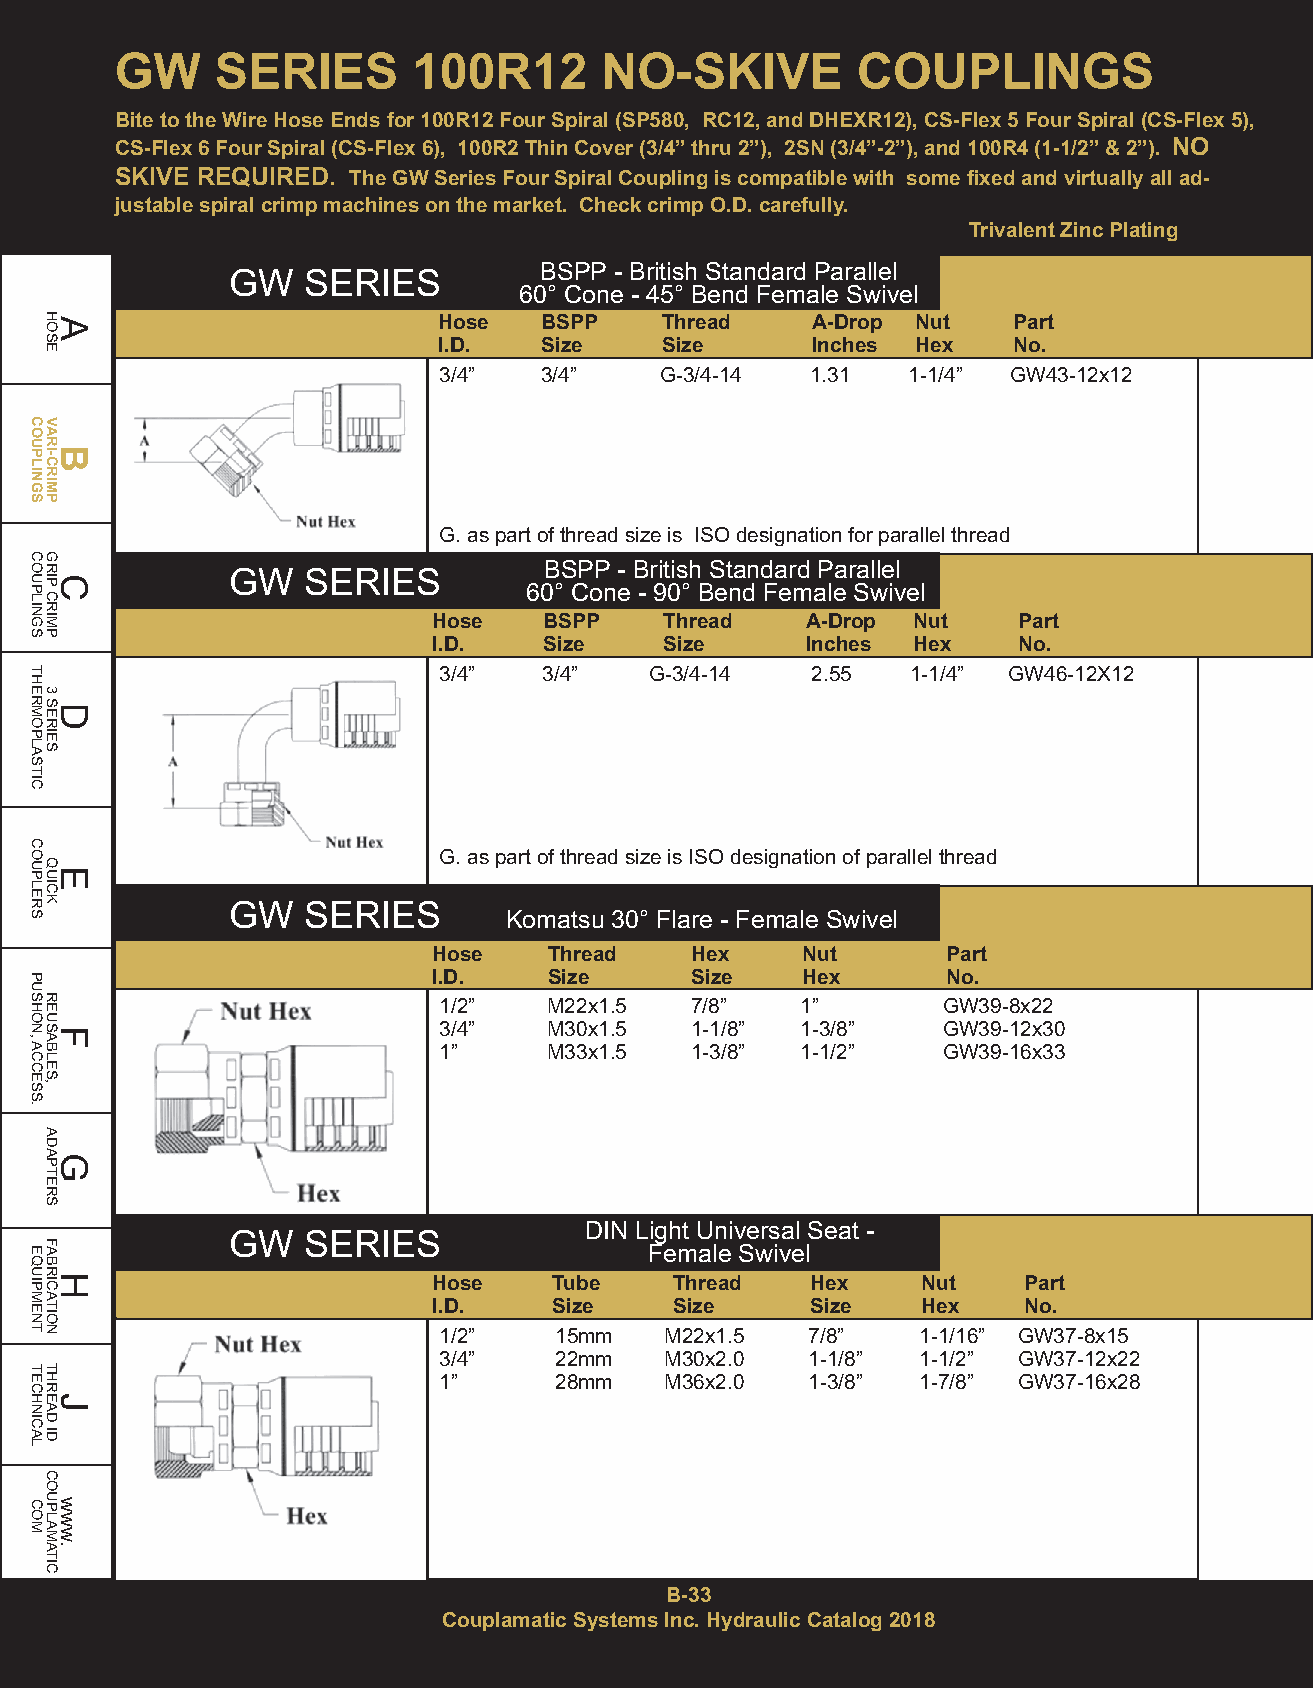
GW    SERIES       100R12       NO-SKIVE         COUPLINGS
 Bite to the Wire Hose Ends for 100R12 Four Spiral (SP580, RC12,and DHEXR12), CS-Flex 5 Four Spiral (CS-Flex 5),
 CS-Flex 6 Four Spiral (CS-Flex 6), 100R2 Thin Cover (3/4” thru 2”), 2SN(3/4”-2”), and 100R4(1-1/2” & 2”). NO
 SKIVE REQUIRED. The GW Series Four Spiral Coupling is compatible with some fixed and virtually all ad-
 justable spiral crimp machines on the market. Check crimp O.D. carefully.
 Trivalent Zinc Plating
 BSPP - British Standard Parallel
 GW   SERIES
 60° Cone - 45° Bend Female Swivel
 Hose   BSPP    Thread    A-Drop Nut   Part
 I.D.   Size    Size      Inches Hex   No.
 3/4”   3/4”    G-3/4-14  1.31  1-1/4” GW43-12x12
 G. as part of thread size is ISO designation for parallel thread
 BSPP - British Standard Parallel
 GW   SERIES
 60° Cone - 90° Bend Female Swivel
 Hose   BSPP    Thread   A-Drop Nut    Part
 I.D.   Size    Size     Inches Hex    No.
 3/4”   3/4”   G-3/4-14   2.55  1-1/4” GW46-12X12
 G. as part of thread size is ISO designation of parallel thread
 GW   SERIES       Komatsu 30° Flare - Female Swivel
 Hose   Thread    Hex    Nut       Part
 I.D.   Size      Size   Hex       No.
 1/2”   M22x1.5   7/8”   1”       GW39-8x22
 3/4”   M30x1.5   1-1/8” 1-3/8”   GW39-12x30
 1”     M33x1.5   1-3/8” 1-1/2”   GW39-16x33
 DIN Light Universal Seat -
 GW   SERIES
 Female Swivel
 Hose    Tube    Thread   Hex    Nut    Part
 I.D.    Size    Size     Size   Hex    No.
 1/2”    15mm   M22x1.5  7/8”    1-1/16” GW37-8x15
 3/4”    22mm   M30x2.0  1-1/8”  1-1/2” GW37-12x22
 1”      28mm   M36x2.0  1-3/8”  1-7/8” GW37-16x28
 B-33
 Couplamatic Systems Inc. Hydraulic Catalog 2018
 COUPLINGS
 COUPLINGS
 THERMOPLASTIC
 COUPLERS
 PUSHON,ACCESS.
 EQUIPMENT
 TECHNICAL
 COM
 HAOSE
 VARBI-CRIMP
 GRICP
 CRIMP
 3
 SDERIES
 QEUICK
 REUSFABLES,
 ADAGPTERS
 FABRHICATION
 THREJAD
 ID
 COUPLAMATIC
 www.